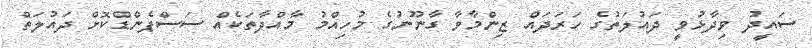
ސައީދު ވިދާޅުވީ ދައުލަތުގެ ހަރަދައް ޒިންމާވާ ގާނޫނުގެ މުހިއްމު މާއްދާތަކެއް ސަސްޕެންޑްކޮށް ދައުލަތް